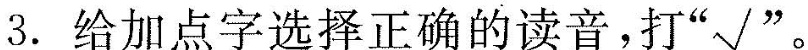
3. 给加点字选择正确的读音，打”√”。